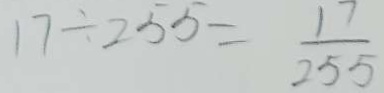
1 7 \div 2 5 5 = \frac { 1 7 } { 2 5 5 }